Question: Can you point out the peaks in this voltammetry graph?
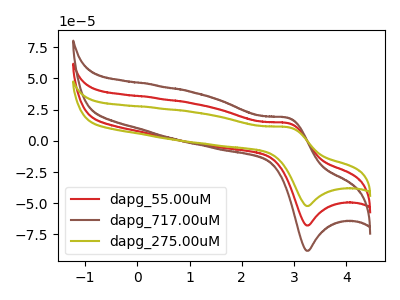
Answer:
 <answer>The red curve "dapg_55.00uM" has an anodic peak at (2.90V, 13.95uA) and a cathodic peak at (3.25V, -67.80uA). The brown curve "dapg_717.00uM" has an anodic peak at (2.90V, 27.95uA) and a cathodic peak at (3.25V, -135.65uA). The olive curve "dapg_275.00uM" has an anodic peak at (2.90V, 10.75uA) and a cathodic peak at (3.25V, -52.20uA).</answer>
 <eval></eval>